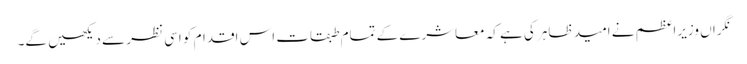
نگراں وزیراعظم نے امید ظاہر کی ہے کہ معاشرے کے تمام طبقات اس اقدام کو اسی نظر سے دیکھیں گے۔